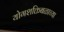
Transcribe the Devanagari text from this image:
योगशक्तिबळाच्या